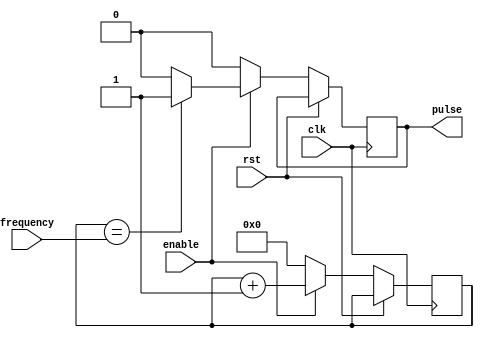
module VariableFrequencyPulseGenerator (
    input wire clk,
    input wire rst,
    input wire enable,
    input wire [7:0] frequency,
    output reg pulse
);

reg [7:0] counter = 0;
reg [7:0] clk_divider = 0;

always @ (posedge clk or posedge rst) begin
    if (rst)
        counter <= 0;
    else if (enable) begin
        if (clk_divider == frequency) begin
            pulse <= 1;
            counter <= counter + 1;
        end else begin
            pulse <= 0;
        end
        clk_divider <= clk_divider + 1;
    end else begin
        pulse <= 0;
        counter <= 0;
        clk_divider <= 0;
    end 
end

endmodule